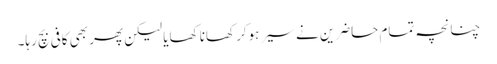
چنانچہ تمام حاضرین نے سیر ہوکر کھانا کھایا لیکن پھر بھی کافی بچ رہا۔